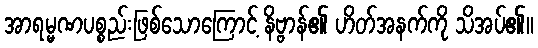
အာရမ္မဏပစ္စည်းဖြစ်သောကြောင့် နိဗ္ဗာန်၏ ဟိတ်အနက်ကို သိအပ်၏။